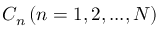
{ { C _ { n } } \left( { n = 1 , 2 , . . . , N } \right) }